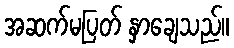
အဆက်မပြတ် နှာချေသည်။